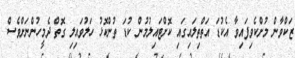
ޒަކްވާން މުށްކެވިފައިވާ އެކުޑަ އަތްތިލައިގައި ކޮށްޓައިލުމުން ކުޑަ ތުންކޮޅު ހަލުވައިލި ގޮތް ދެމީހުންނަށްވެސް